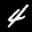
Label: 4